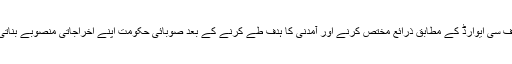
این ایف سی ایوارڈ کے مطابق ذرائع مختص کرنے اور آمدنی کا ہدف طے کرنے کے بعد صوبائی حکومت اپنے اخراجاتی منصوبے بناتی ہے۔